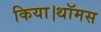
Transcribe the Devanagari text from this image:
किया।थॉमस